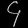
Digit: ၄